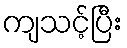
ကျသင့်ပြီး